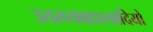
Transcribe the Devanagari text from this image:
उत्तरव्यवहारवादियों